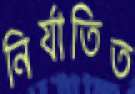
নির্যাতিত